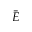
\bar { E }